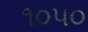
૧૦૫૦